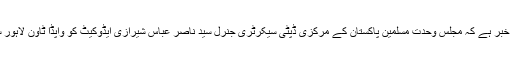
ابھی کچھ دیر پہلے کی خبر ہے کہ مجلس وحدت مسلمین پاکستان کے مرکزی ڈپٹی سیکرٹری جنرل سید ناصر عباس شیرازی ایڈوکیٹ کو واپڈا ٹاون لاہور سے اغوا کر لیا گیا ہے۔